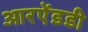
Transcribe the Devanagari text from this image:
आरऐंडडी